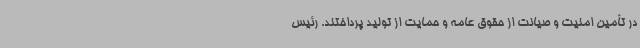
در تأمین امنیت و صیانت از حقوق عامه و حمایت از تولید پرداختند. رئیس